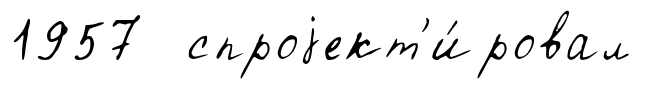
1957 спроjект'и́ровал